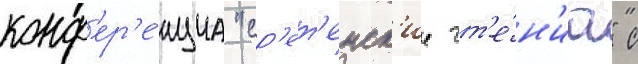
конф'ер'е́нциа "ср'ет'енск'ие чт'е́н'иа" с